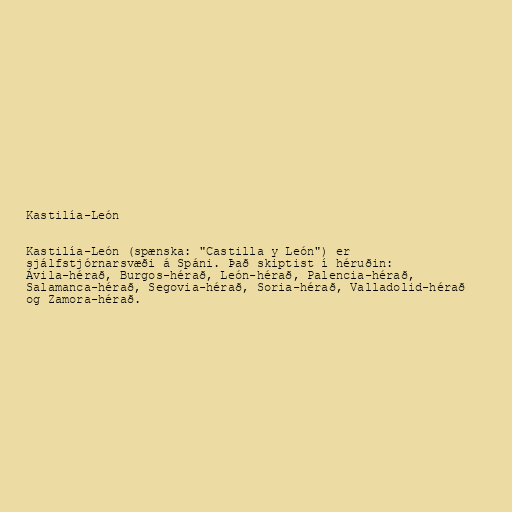
Kastilía-León

Kastilía-León (spænska: "Castilla y León") er
sjálfstjórnarsvæði á Spáni. Það skiptist í héruðin:
Ávila-hérað, Burgos-hérað, León-hérað, Palencia-hérað,
Salamanca-hérað, Segovia-hérað, Soria-hérað, Valladolid-hérað
og Zamora-hérað.